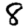
Digit: 8